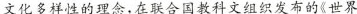
文化多样性的理念，在联合国教科文组织发布的《世界